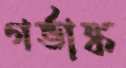
গর্ভাঙ্ক